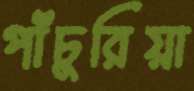
পাঁচুরিয়া